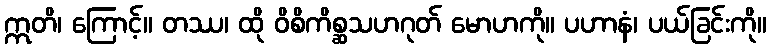
ဣတိ၊ ကြောင့်။ တဿ၊ ထို ဝိစိကိစ္ဆသဟဂုတ် မောဟကို။ ပဟာနံ၊ ပယ်ခြင်းကို။